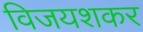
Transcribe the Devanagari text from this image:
विजयशकर